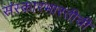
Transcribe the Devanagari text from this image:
संस्कारभारतीची